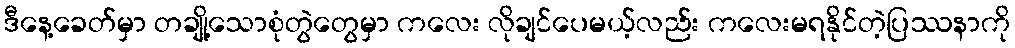
ဒီနေ့ခေတ်မှာ တချို့သောစုံတွဲတွေမှာ ကလေး လိုချင်ပေမယ့်လည်း ကလေးမရနိုင်တဲ့ပြဿနာကို